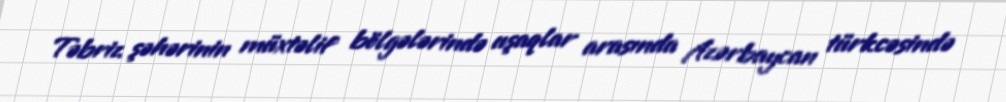
Təbriz şəhərinin müxtəlif bölgələrində uşaqlar arasında Azərbaycan türkcəsində